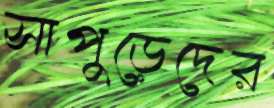
সাপুড়েদের